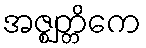
အဇ္ဈတ္တိကေ